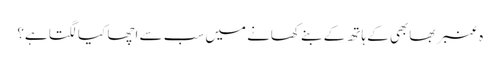
ہ عنبر بھابھی کے ہاتھ کے بنے کھانے میں سب سے اچھا کیا لگتا ہے؟